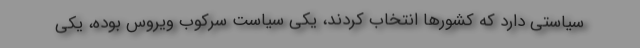
سیاستی دارد که کشورها انتخاب کردند، یکی سیاست سرکوب ویروس بوده، یکی